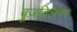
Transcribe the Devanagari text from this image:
बुज़दिलेपन